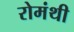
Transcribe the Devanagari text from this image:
रोमंथी